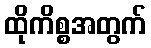
ထိုကိစ္စအတွက်